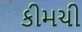
કીમચી